Vaccination North-Western Provinces 1866-1877 - 1866-1877
Year: 1866
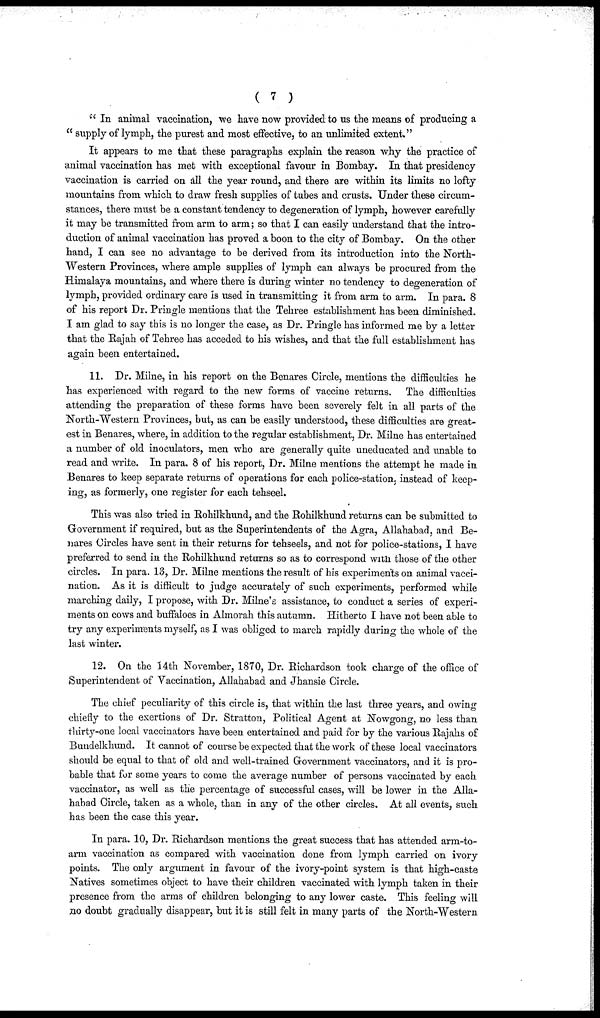
( 7 )
" In animal vaccination, we have now provided to us the means of producing a
" supply of lymph, the purest and most effective, to an unlimited extent "
It appears to me that these paragraphs explain the reason why the practice of
animal vaccination has met with exceptional favour in Bombay. In that presidency
vaccination is carried on all the year round, and there are within its limits no lofty
mountains from which to draw fresh supplies of tubes and crusts. Under these circum-
stances, there must be a constant tendency to degeneration of lymph, however carefully
it may be transmitted from arm to arm; so that I can easily understand that the intro-
duction of animal vaccination has proved a boon to the city of Bombay. On the other
hand, I can see no advantage to be derived from its introduction into the North¬
Western Provinces, where ample supplies of lymph can always be procured from the
Himalaya mountains, and where there is during winter no tendency to degeneration of
lymph, provided ordinary care is used in transmitting it from arm to arm. In para. 8
of his report Dr. Pringle mentions that the Tehree establishment has been diminished.
I am glad to say this is no longer the case, as Dr. Pringle has informed me by a letter
that the Rajah of Tehree has acceded to his wishes, and that the full establishment has
again been entertained.
11. Dr. Milne, in his report on the Benares Circle, mentions the difficulties he
has experienced with regard to the new forms of vaccine returns. The difficulties
attending the preparation of these forms have been severely felt in all parts of the
North-Western Provinces, but, as can be easily understood, these difficulties are great-
est in Benares, where, in addition to the regular establishment, Dr. Milne has entertained
a number of old inoculators, men who are generally quite uneducated and unable to
read and write. In para. 8 of his report, Dr. Milne mentions the attempt he made in
Benares to keep separate returns of operations for each police-station, instead of keep-
ing, as formerly, one register for each tehseel.
This was also tried in Rohilkhund, and the Rohilkhund returns can be submitted to
Government if required, but as the Superintendents of the Agra, Allahabad, and Be-
nares Circles have sent in their returns for tehseels, and not for police-stations, I have
preferred to send in the Rohilkhund returns so as to correspond with those of the other
circles. In para. 13, Dr. Milne mentions the result of his experiments on animal vacci-
nation. As it is difficult to judge accurately of such experiments, performed while
marching daily, I propose, with Dr. Milne's assistance, to conduct a series of experi-
ments on cows and buffaloes in Almorah this autumn. Hitherto I have not been able to
try any experiments myself, as I was obliged to march rapidly during the whole of the
last winter.
12. On the 14th November, 1870, Dr. Richardson took charge of the office of
Superintendent of Vaccination, Allahabad and Jhansie Circle.
The chief peculiarity of this circle is, that within the last three years, and owing
chiefly to the exertions of Dr. Stratton, Political Agent at Nowgong, no less than
thirty-one local vaccinators have been entertained and paid for by the various Rajahs of
Bundelkhund. It cannot of course be expected that the work of these local vaccinators
should be equal to that of old and well-trained Government vaccinators, and it is pro-
bable that for some years to come the average number of persons vaccinated by each
vaccinator, as well as the percentage of successful cases, will be lower in the Alla-
habad Circle, taken as a whole, than in any of the other circles. At all events, such
has been the case this year.
In para. 10, Dr. Richardson mentions the great success that has attended arm-to-
arm vaccination as compared with vaccination done from lymph carried on ivory
points. The only argument in favour of the ivory-point system is that high-caste
Natives sometimes object to have their children vaccinated with lymph taken in their
presence from the arms of children belonging to any lower caste. This feeling will
no doubt gradually disappear, but it is still felt in many parts of the North-Western